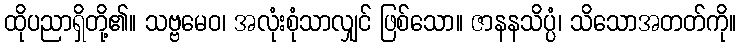
ထိုပညာရှိတို့၏။ သဗ္ဗမေဝ၊ အလုံးစုံသာလျှင် ဖြစ်သော။ ဇာနနသိပ္ပံ၊ သိသောအတတ်ကို။